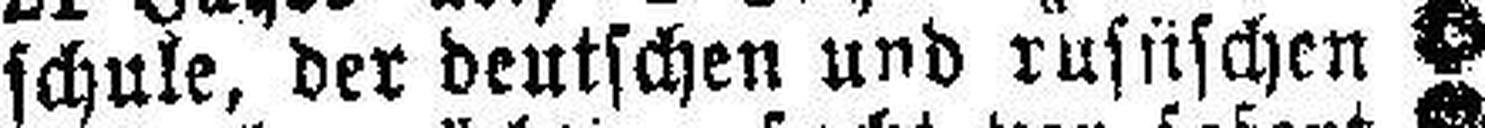
schule, der deutschen und russischen